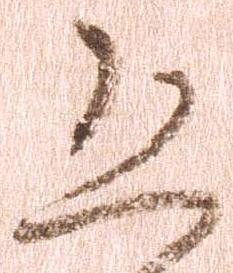
恐